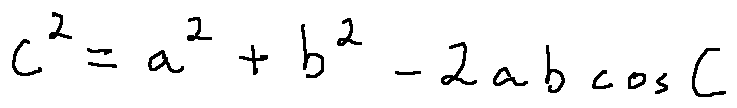
c ^ { 2 } = a ^ { 2 } + b ^ { 2 } - 2 a b \cos C